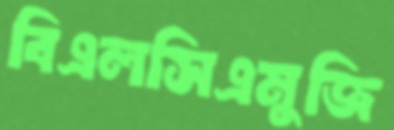
বিএলসিএমুজি